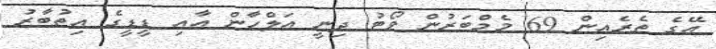
އޭގެ ތެރެއިން 69 މެމްބަރުން ވޯޓު ދިނީ އަލްހާން އާއި ޑީޑީގެ އިތުބާރު